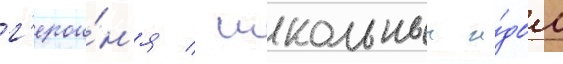
г'ерои́н'я / школьныи и́дол